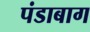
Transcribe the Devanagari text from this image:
पंडाबाग